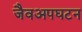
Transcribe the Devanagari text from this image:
जैवअपघटन